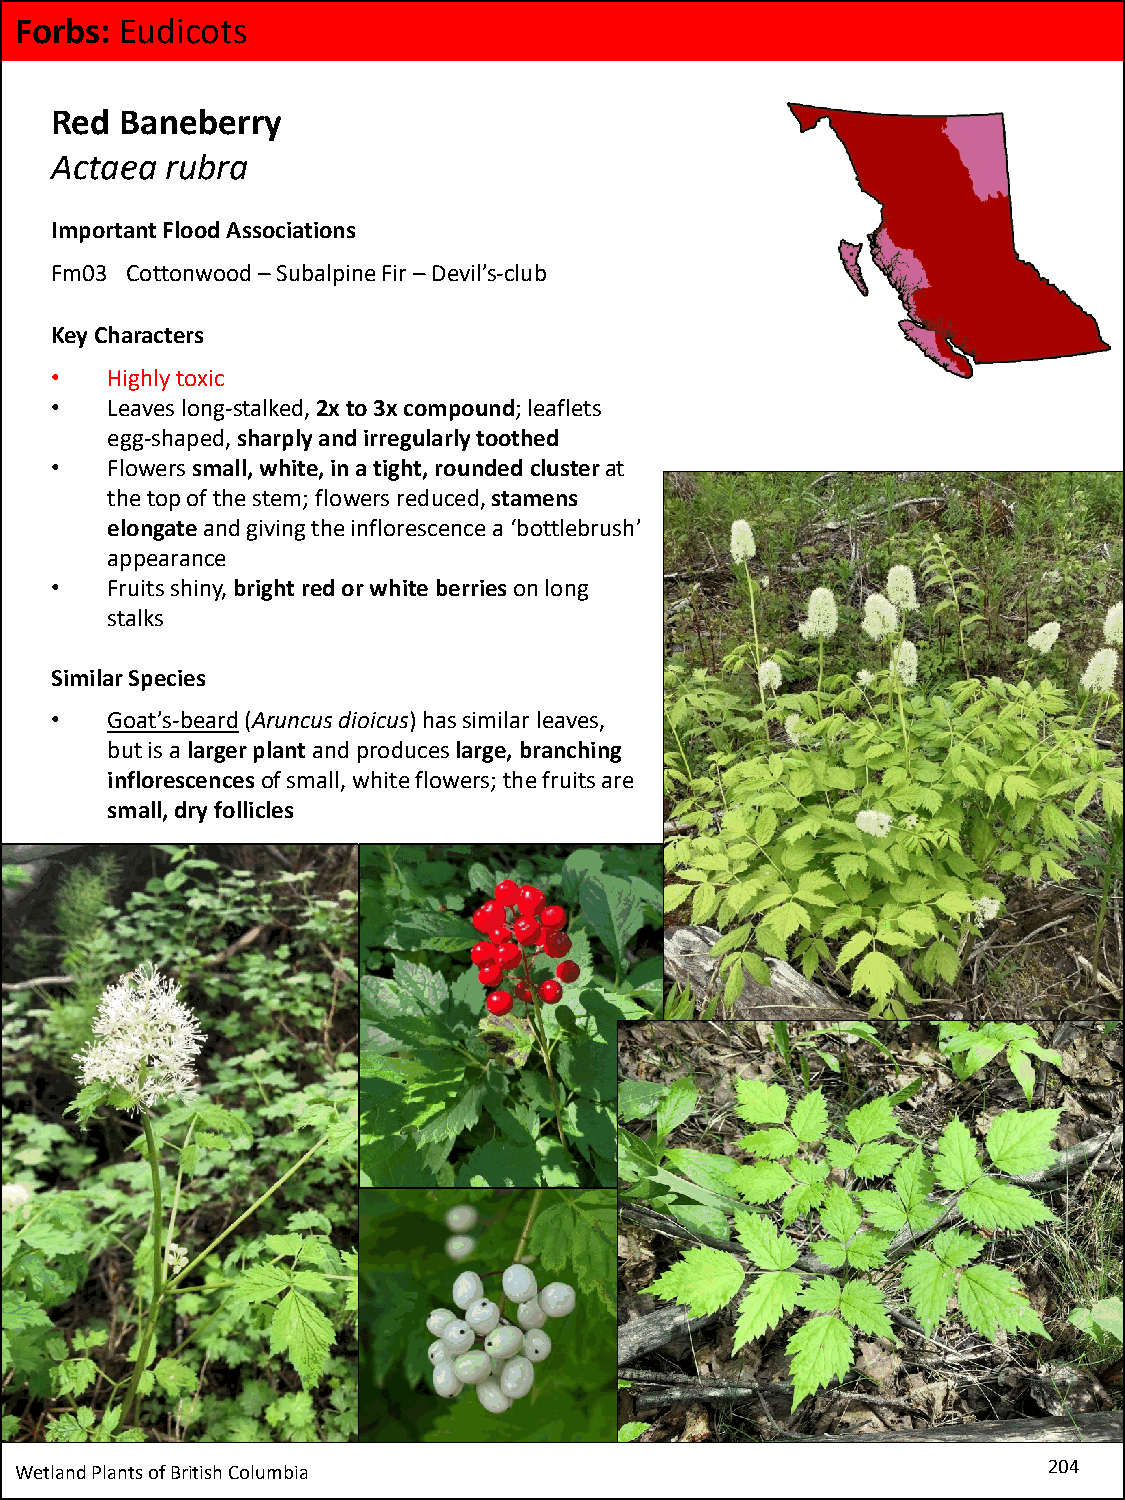
Forbs: Eudicots
 Red  Baneberry
 Actaea  rubra
 Important Flood Associations
 Fm03 Cottonwood –Subalpine Fir –Devil’s-club
 Key Characters
 •   Highly toxic
 •   Leaves long-stalked, 2x to 3x compound; leaflets
 egg-shaped, sharply and irregularly toothed
 •   Flowers small, white, in a tight, rounded cluster at
 the top of the stem; flowers reduced, stamens
 elongateand giving the inflorescence a ‘bottlebrush’
 appearance
 •   Fruits shiny, bright red or white berries on long
 stalks
 Similar Species
 •   Goat’s-beard(Aruncusdioicus) has similar leaves,
 but is a larger plant and produces large, branching
 inflorescencesof small, white flowers; the fruits are
 small, dry follicles
 Wetland Plants of British Columbia                                  204